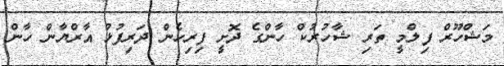
މަޝްހޫރް ފިލްމީ ތަރި ޝާހުރުކް ހާންގެ ދޮށީ ފިރިހެން ދަރިފުޅު އާރްޔާން ހާން